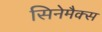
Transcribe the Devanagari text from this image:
सिनेमैक्स